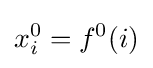
x_{i}^{0}=f^{0}(i)